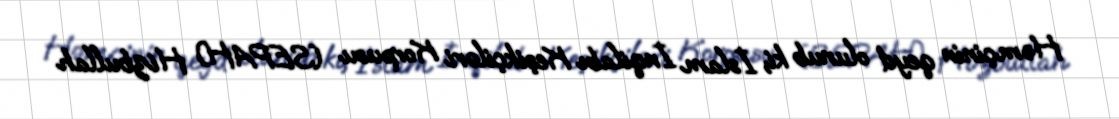
Həmçinin qeyd olunub ki, İslam İnqilabı Keşikçiləri Korpusu (SEPAH) Hizbullah